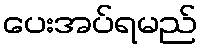
ပေးအပ်ရမည်